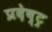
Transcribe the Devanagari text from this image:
प्रदेष्ट्र